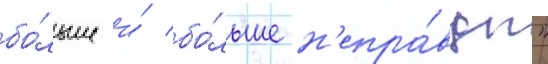
бо́льше и́ бо́льше н'епра́вды"